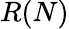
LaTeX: R(N)